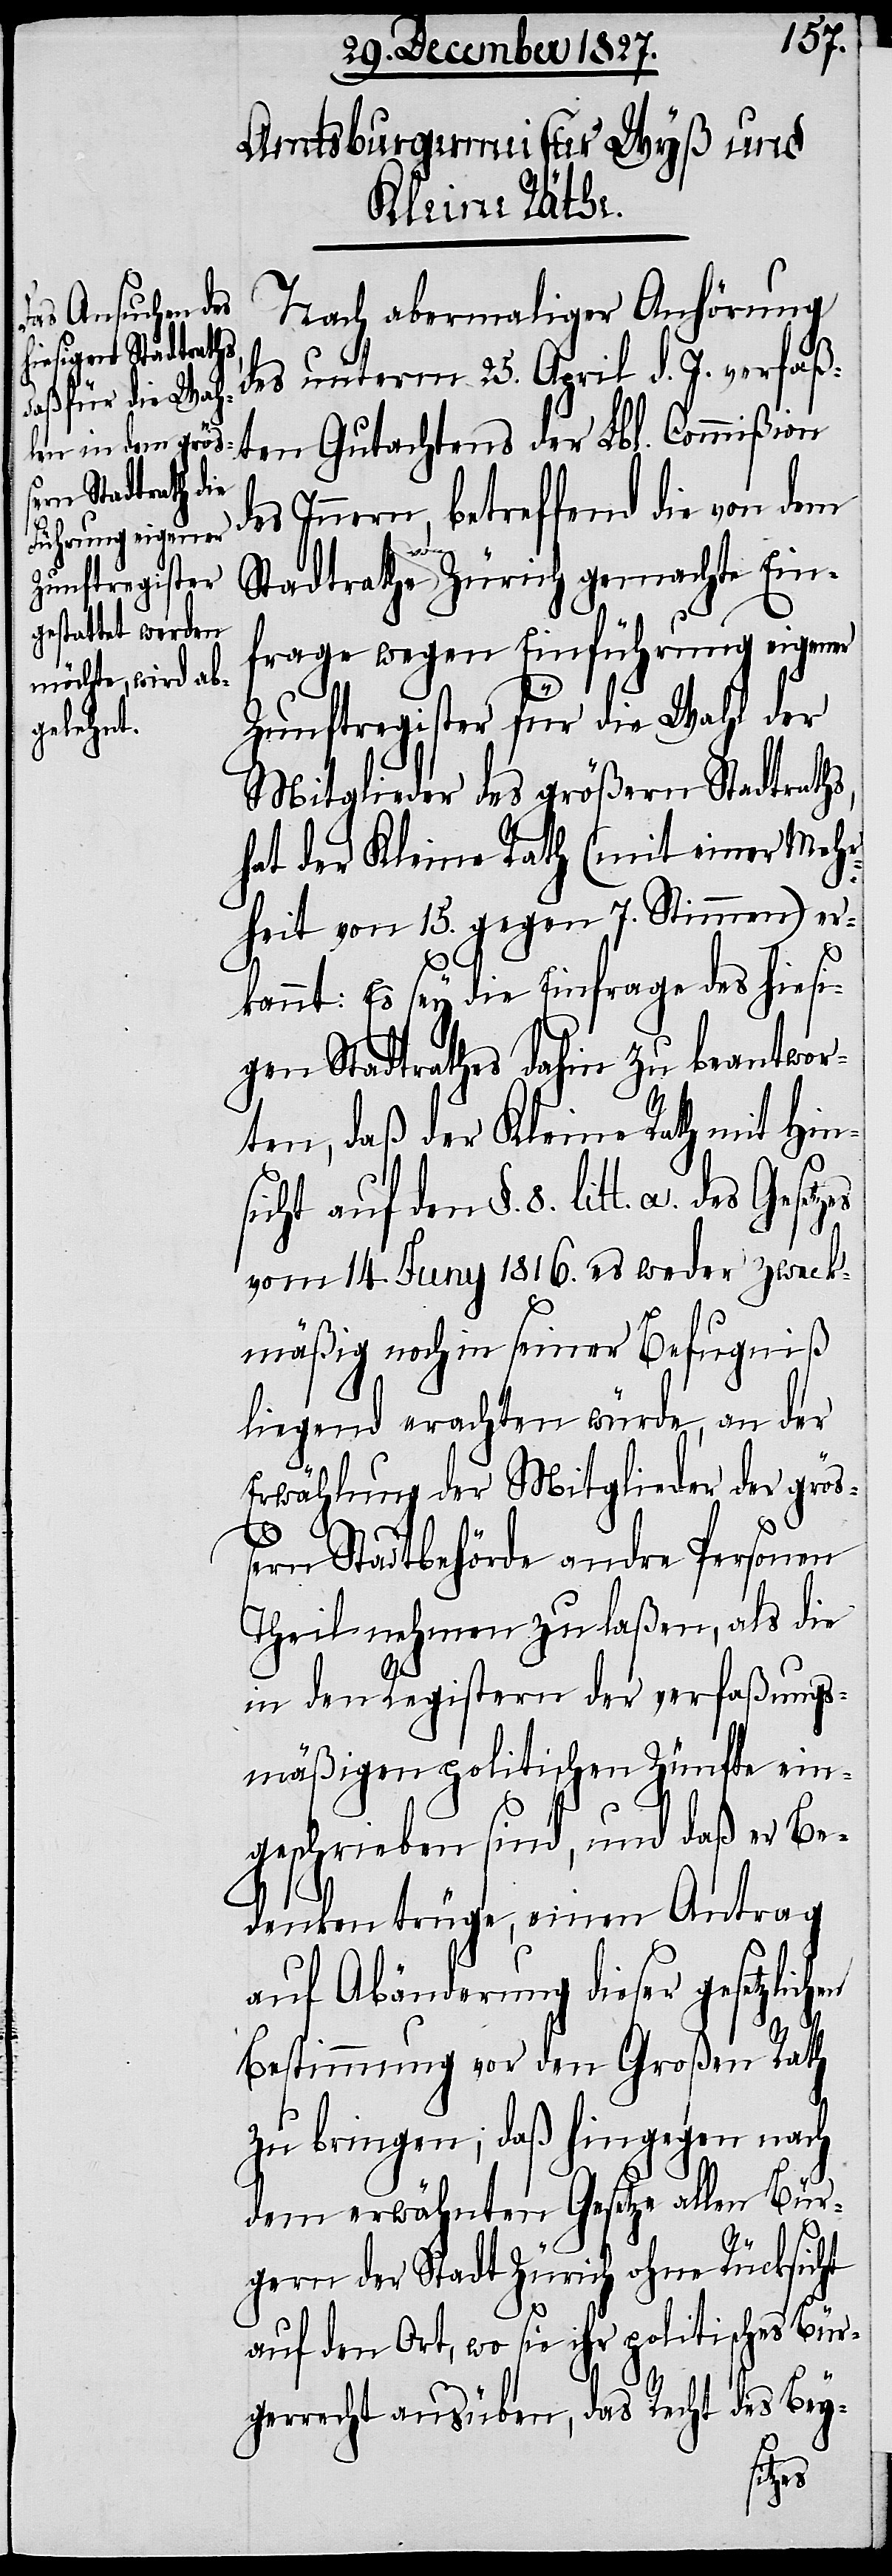
Nach abermaliger Anhörung
des unterm 25. April d. J. verfaß¬
ten Gutachtens der Lbl. Commißion
des Innern, betreffend die von dem
Stadtrathe Zürich gemachte Ein¬
frage wegen Einführung eigener
Zunftregister für die Wahl der
Mitglieder des größern Stadtraths,
hat der Kleine Rath (mit einer Mehr¬
heit von 15. gegen 7. Stimmen) er¬
kannt: Es sey die Einfrage des hiesi¬
gen Stadtrathes dahin zu beantwor¬
ten, daß der Kleine Rath mit Hin¬
sicht auf den §. 8. litt. a. des Ge¬
vom 14. Juny 1816. es weder zweck¬
mäßig noch in seiner Befugniß
liegend erachten würde, an der
Erwählung der Mitglieder der grö¬
ßern Stadtbehörde andre Personen
Theil nehmen zu laßen, als die
in den Registern der verfaßungs¬
mäßigen politischen Zünfte ein¬
geschrieben sind, und daß er Be¬
denken trüge, einen Antrag
auf Abänderung dieser gesetzlich¬
Bestimmung vor den Großen Rath
zu bringen; daß hingegen nach
dem erwähnten Gesetze allen Bür¬
en
gern der Stadt Zürich ohne Rücksicht
auf den Ort, wo sie ihr politisches Bür¬
gerrecht ausüben, das Recht des Bey-
setzes